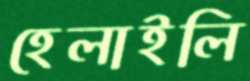
হেলাইলি